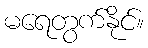
မရေတွက်နိုင်။